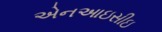
એનઆઇસીઇ